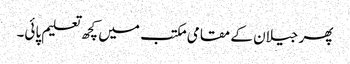
پھر جیلان کے مقامی مکتب میں کچھ تعلیم پائی۔